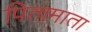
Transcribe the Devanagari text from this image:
पितामाता